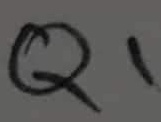
Text: Q1